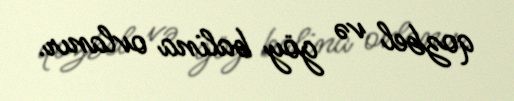
qozbel və göy balina ovlanır.